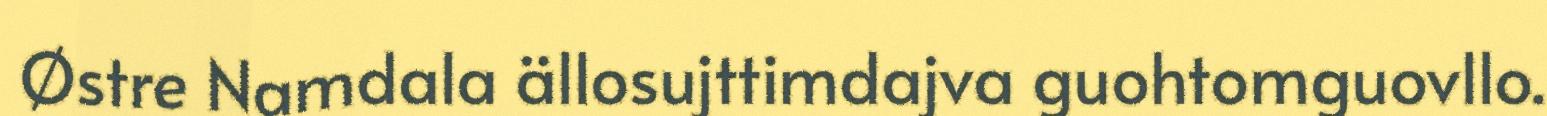
Østre Namdala ällosujttimdajva guohtomguovllo.